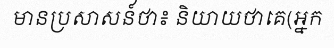
មានប្រសាសន៍ថា៖ និយាយថាគេ(អ្នក